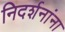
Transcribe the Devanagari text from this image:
निदर्शनांना